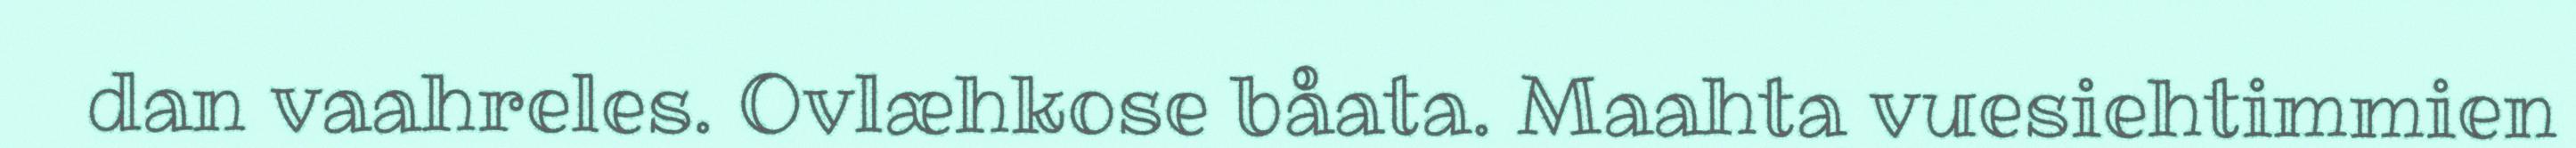
dan vaahreles. Ovlæhkose båata. Maahta vuesiehtimmien